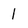
Character: 1